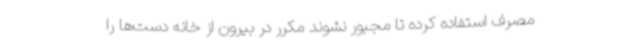
مصرف استفاده کرده تا مجبور نشوند مکرر در بیرون از خانه دست‌ها را